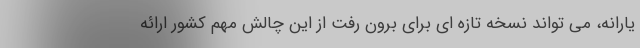
یارانه، می تواند نسخه تازه ای برای برون رفت از این چالش مهم کشور ارائه